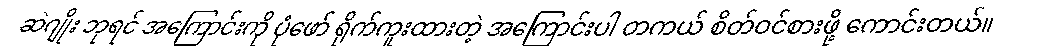
ဆဲဂျိုး ဘုရင် အကြောင်းကို ပုံဖော် ရိုက်ကူးထားတဲ့ အကြောင်းပါ တကယ် စိတ်ဝင်စားဖို့ ကောင်းတယ်။